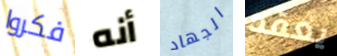
فكروا أنه الجهاد يعقد